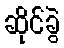
ဆိုင်ခွဲ